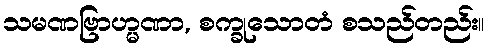
သမဏဗြာဟ္မဏာ, စက္ခုသောတံ စသည်တည်း။